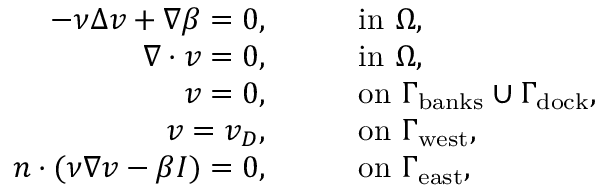
\begin{array} { r l } { - \nu \Delta v + \nabla \beta = 0 , } & { \qquad \mathrm { i n } \ \Omega , } \\ { \nabla \cdot v = 0 , } & { \qquad \mathrm { i n } \ \Omega , } \\ { v = 0 , } & { \qquad \mathrm { o n } \ \Gamma _ { \mathrm { b a n k s } } \cup \Gamma _ { \mathrm { d o c k } } , } \\ { v = v _ { D } , } & { \qquad \mathrm { o n } \ \Gamma _ { \mathrm { w e s t } } , } \\ { n \cdot ( \nu \nabla v - \beta I ) = 0 , } & { \qquad \mathrm { o n } \ \Gamma _ { \mathrm { e a s t } } , } \end{array}